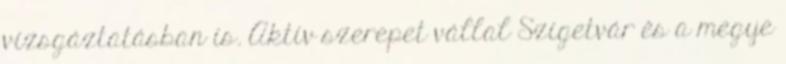
vizsgáztatásban is. Aktív szerepet vállal Szigetvár és a megye